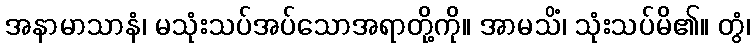
အနာမာသာနံ၊ မသုံးသပ်အပ်သောအရာတို့ကို။ အာမသိံ၊ သုံးသပ်မိ၏။ တွံ၊